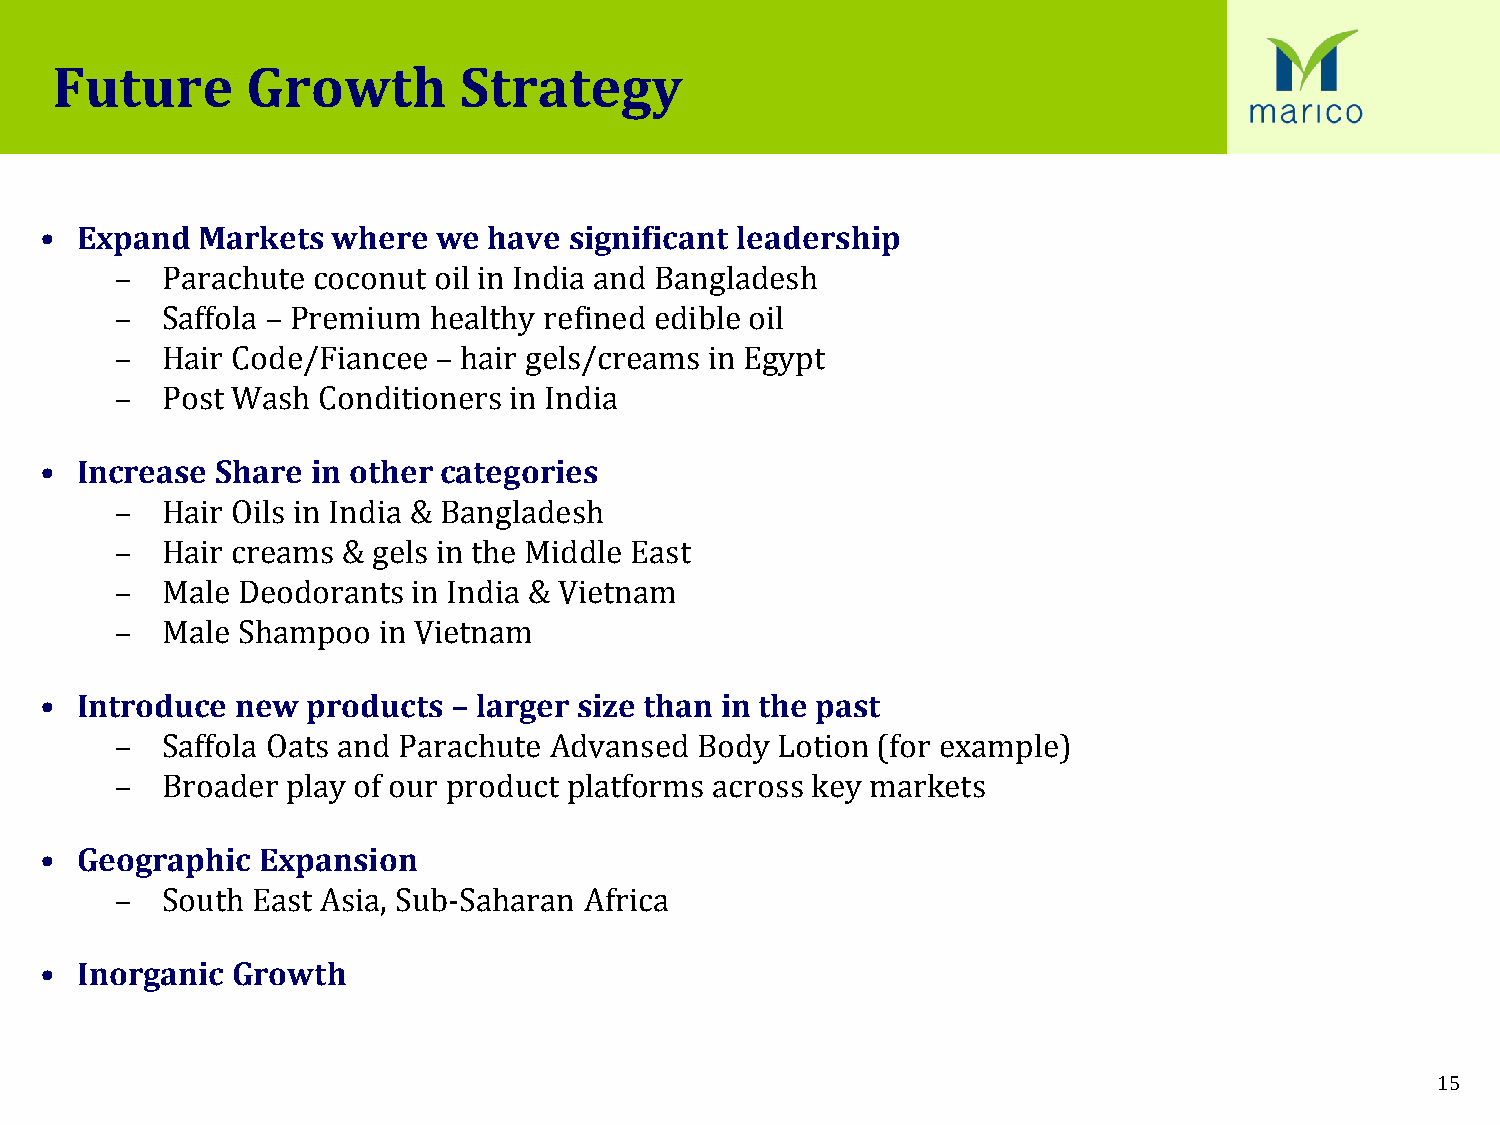
Future       Growth        Strategy
 • Expand  Markets  where  we have  significant leadership
 –  Parachute coconut oil in India and Bangladesh
 –  Saffola – Premium healthy refined edible oil
 –  Hair Code/Fiancee – hair gels/creams in Egypt
 –  Post Wash Conditioners in India
 • Increase Share  in other categories
 –  Hair Oils in India & Bangladesh
 –  Hair creams & gels in the Middle East
 –  Male Deodorants in India & Vietnam
 –  Male Shampoo  in Vietnam
 • Introduce  new products  – larger size than in the past
 –  Saffola Oats and Parachute Advansed Body Lotion (for example)
 –  Broader play of our product platforms across key markets
 • Geographic  Expansion
 –  South East Asia, Sub-Saharan Africa
 • Inorganic Growth
 15